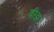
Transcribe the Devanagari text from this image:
बीझ